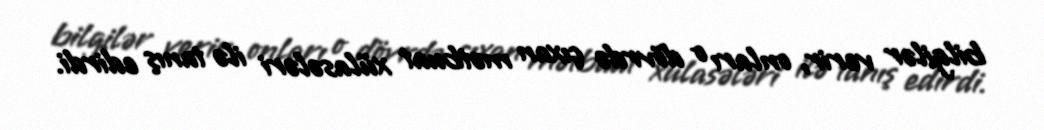
bilgilər verir, onları o dövrdə çıxan mətbuat xülasələri ilə tanış edirdi.